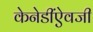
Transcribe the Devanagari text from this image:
केनेडींऐवजी